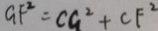
G F ^ { 2 } = C G ^ { 2 } + C F ^ { 2 }